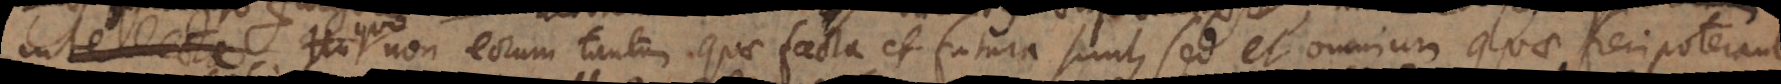
non eorum tantum quae facta et futura sunt, sed et omnium quae fieri poterant